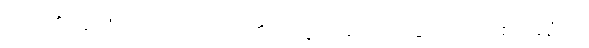
ဤငါ၏ အထံသို့။ ဝေါ၊ သင်တို့၏။ အဗ္ဘာဂမနံ၊ လာခြင်းသည်။ စိရဿံဟိ၊